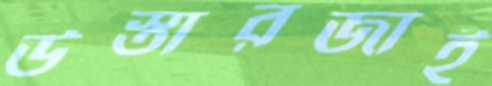
উস্তারজাই